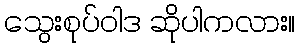
သွေးစုပ်ဝါဒ ဆိုပါကလား။